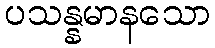
ပသန္နမာနသော